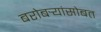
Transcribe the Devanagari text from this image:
बरोबर्‍यांसोबत